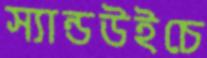
স্যান্ডউইচে